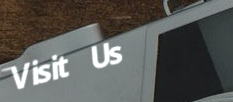
Visit Us